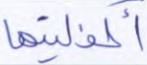
أكفلنيها